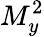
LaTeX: M_{y}^{2}